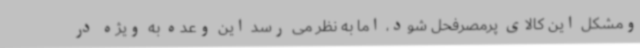
ومشکل این کالای پرمصرفحل شود، اما به نظر می رسد این وعده به ویژه در